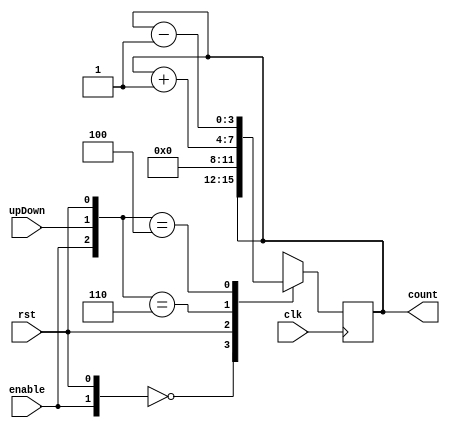
module Count4(clk,rst,enable,upDown, count);
   
   input clk, rst, enable, upDown;
   output reg [3:0] count;

always @(posedge clk) begin
            casex ({enable,upDown,rst})
                
                3'b0X0: count = count;
                3'bXX1: count = 0;
                3'b110: count = count + 1;
                3'b100: count = count - 1;

            endcase
    end
endmodule


`timescale 1 ns / 1 ns

module count4_tb;
   reg clk, rst, enable, upDown;  // inputs to dut (Device Under Test)
   wire [3:0] count;              // dut output
   reg [25*8:0] input_string;  //string for printout of inputs in the assert macro

   Count4 dut(clk,rst,enable,upDown,count);
  // instatntiate dut to test
 /////////////////////////////////////////////////////////////
 // Alternative model of counter, to compare dut outputs
   reg [3:0] C = 0; 
   always @(posedge clk) begin 
      if (rst) C = 0;
      else 
         if (upDown) C = C + enable;
         else C = C - enable;
   end // always
/////////////////////////////////////////////////////////////
//   always @(negedge clk) begin  //display all values, check count at each clock
//     $sformat(input_string, "rst=%b enable=%b upDown=%b",rst,enable,upDown);
//     `assert(count,C,"count",input_string,"Error","%d")
//   end // the always     
/////////////////////////////////////////////////////////////
   initial clk = 1;  //init clk = 1 for positive-edge triggered
   always begin  // clk wave, period of 10
      #5  clk = ~clk;
   end

   initial begin  // Create sequence of inputs to check upDown, rst, enable functions
        $dumpfile("count4.vcd");
        $dumpvars(0, count4_tb);  // Reset
      rst = 1;
      enable = 1; upDown = 1;        // enable counting up
      #10; rst = 0;
      //`assert(count, 4'b0000,"count","rst=1 enable=1 upDown=1", "count=0","%d")
      #120; // 12 clocks have elapsed.  
//      `assert(count, 4'b1100,"count","rst=0 enable=1 upDown=1", "count up to 12","%d")
      #30; 
//      `assert(count, 4'b1111,"count","rst=0 enable=1 upDown=1", "count up to 15","%d")
      #5;
      //`assert(count, 4'b0000,"count","rst=0 enable=1 upDown=1, does count wrap from 15 to 0?", "count wraps from 15 to 0 upcounting?","%d")
      #10;
//      `assert(count, 4'b0001,"count","rst=0 enable=1 upDown=1", "Upcounting 0 to 1","%d")
        
      //  Try upDown=0
      upDown = 0; 
      #30; 
      //`assert(count, 4'b1110,"count","rst=0 enable=1 upDown=0", "count down to 14","%d")
      #100; // run 10 more clocks  
//      `assert(count, 4'b0100,"count","rst=0 enable=1 upDown=0", "count down to 4","%d")
      #50
      //`assert(count, 4'b1111,"count","rst=0 enable=1 upDown=0, does countdown wrap from 0 to 15?", "countdown wraps from 0 to 15?","%d")
        
      $finish;
   end
endmodule